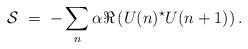
LaTeX: \begin{align*}{\cal S} \; = \; - \sum_n \alpha \Re \left( U(n)^\star U(n+1) \right).\end{align*}